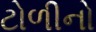
ટોળીનો